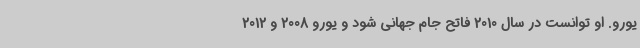
یورو. او توانست در سال 2010 فاتح جام جهانی شود و یورو 2008 و 2012